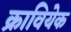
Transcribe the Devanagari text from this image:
क्रावियेक